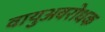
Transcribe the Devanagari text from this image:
वायुअवरोधक